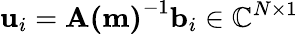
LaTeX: \mathbf{u}_{i}=\mathbf{A(m)}^{-1}\mathbf{b}_{i}\in{\mathbb{C}}^{N\times 1}